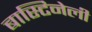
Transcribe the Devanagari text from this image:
बास्टिनेली